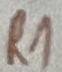
Text: R1